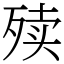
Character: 㱩